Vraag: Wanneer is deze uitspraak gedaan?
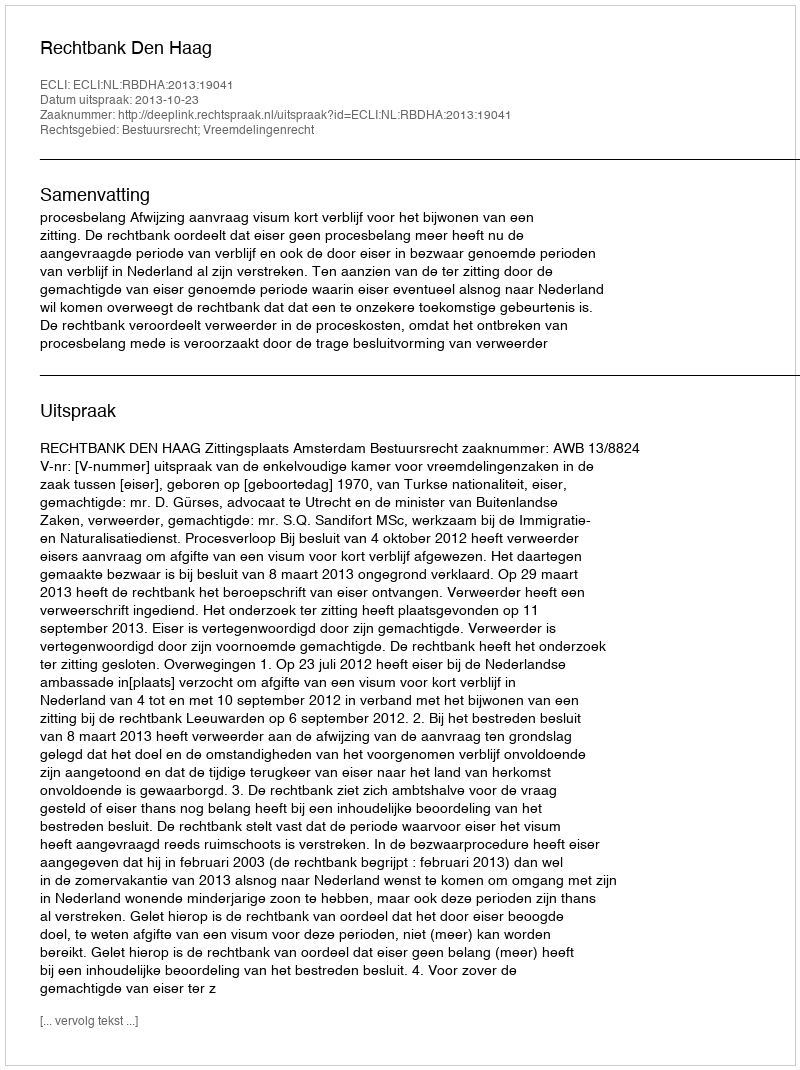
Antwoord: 2013-10-23